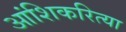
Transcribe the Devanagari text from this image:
आंशिकरित्या